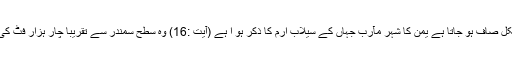
سورہ سباء میں سدر بمعنی الارز کا مفہوم بھی بالکل صاف ہو جاتا ہے یمن کا شہر مآرب جہاں کے سیلاب ارم کا ذکر ہو ا ہے (آیت :16) وہ سطح سمندر سے تقریباً چار ہزار فٹ کی بلندی پر ہے اور سرد علاقہ مانا جاتا ہے (13) ۔